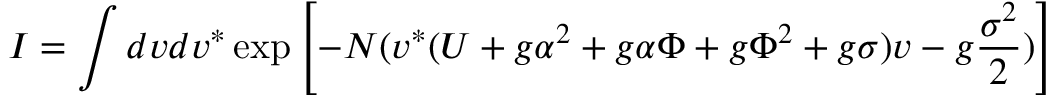
I = \int d v d v ^ { \ast } \exp \left[ - N ( v ^ { \ast } ( U + g \alpha ^ { 2 } + g \alpha \Phi + g \Phi ^ { 2 } + g \sigma ) v - g { \frac { \sigma ^ { 2 } } { 2 } } ) \right]